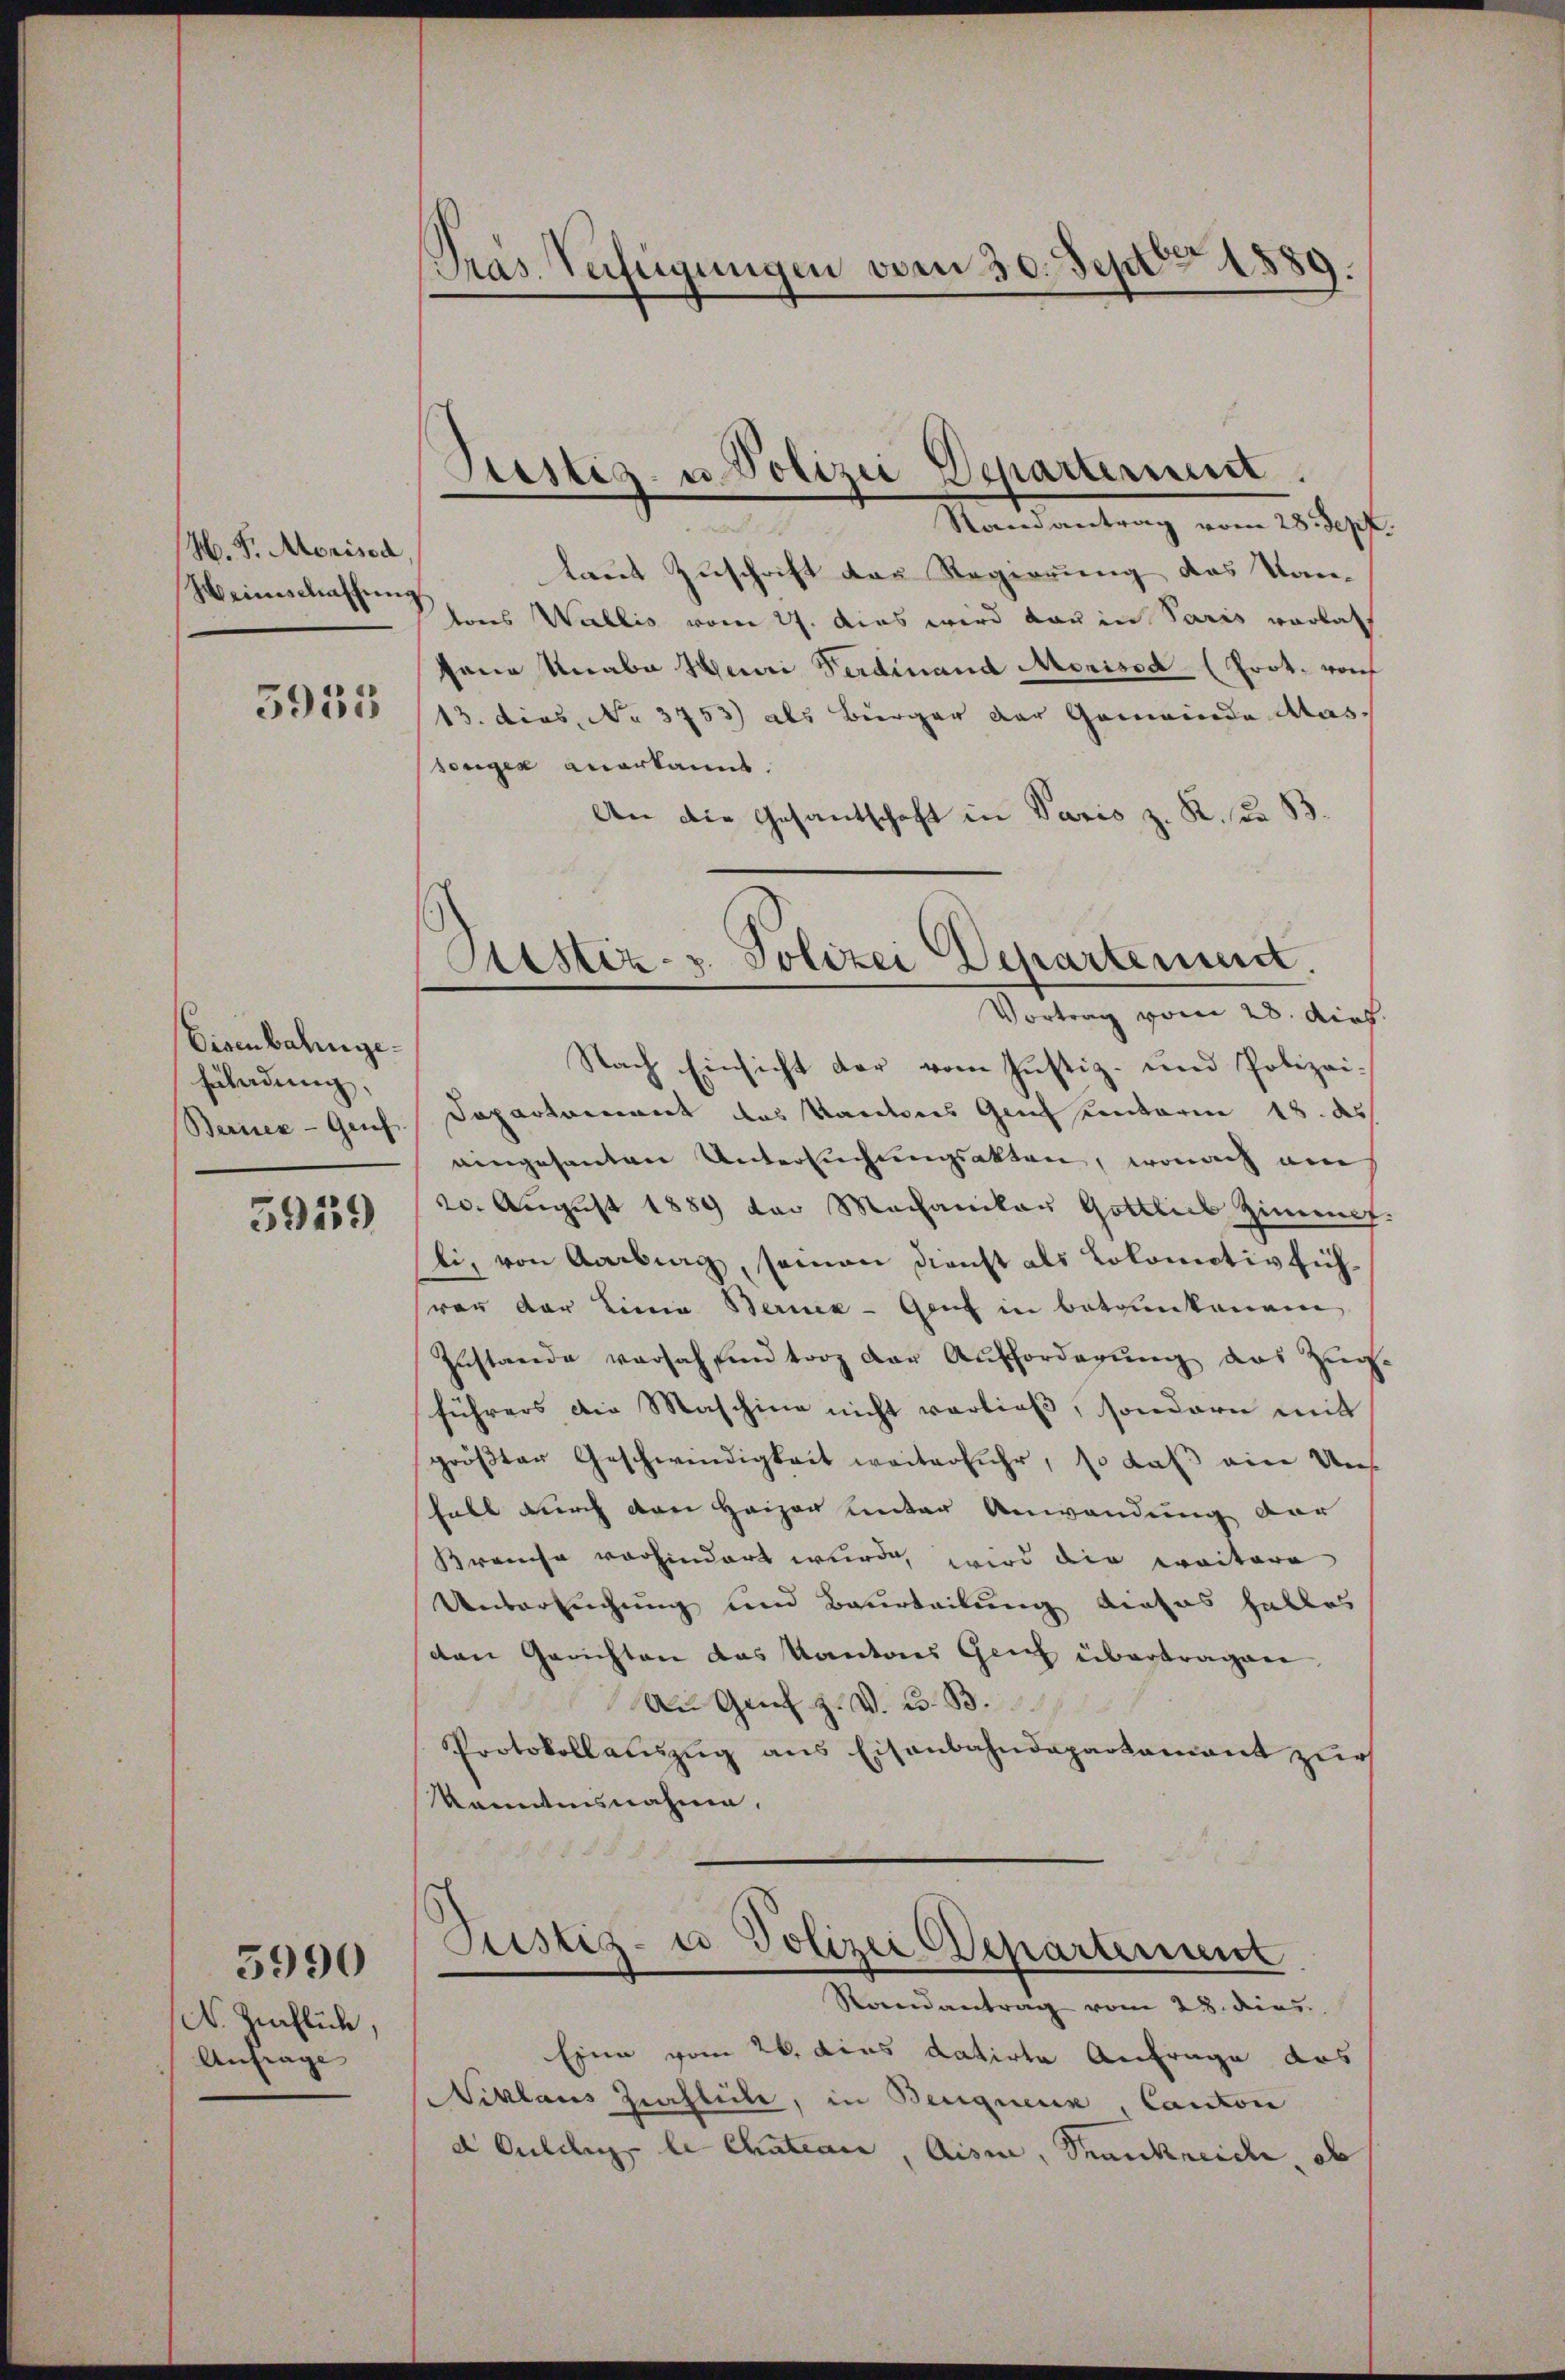
H. F. Morisca
Heimschaffung
5935

Eisenbahnge¬
Euladung,
Berner - Genf.

5929

Nr. Zuflich,
Anfrage

5990

Präs. Verfügungen vom 30. Sept. 1889.

laut Zuschrift der Regierung des Kantons Wallis vom 27. Das wird dar in Paris vorlat
sane Unabe Heuri Ferdinand Morissd (Prot. von
13. dies, No 3753) als Bürger der Gemeinde Aas.
senger anerkannt.
An die Gesandschaft in Paris z. R. zu B.
Nach Einsicht der vom Justiz- und Polizei¬
Dapartement das Kantons Genf Centarin 18. ds
eingesanten Untersuchungsakten, wonach am
20. August 1889 der Mechaniker Gottlich Zimme
li, von Aarbung, saman dienst als Lokomotivfühvor der Linie Berner - Genf in Betrunkenem
Zustande versah sind torz der Aufforderung das Zug
führers die Maschine nicht vorließ, sondern mit
größter Geschwindigkeit weiterfuhr, so daß eine Uns
halt durch den Heizen unter Anwendung der
Brauche vorhindert wurde, wird die weitere
Ueversuchung und Beurteilung dieses halles
den Gerichten das Kantons Geich übertragen
An Genf z. v. 23. B.
Protokollauszug aus Eisenbahndepartament zur
kanntnisnahme.

Justiz- u Polizei Departement
Randantrag vom 23. dies
Eine vom 26. dies datirte Anfrage das
Niklaus Zihlele, in Bequenz, Canton
d Guldig le Chateau, Aisi, Frankreiche, ob

Testig- u. Polizei Departerient.
Randantrag vom 28. Sept
2

Astiz- u. Polizei Departement.
Vortrag vom 28. dies